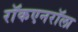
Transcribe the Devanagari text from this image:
राॅकएनराॅला